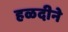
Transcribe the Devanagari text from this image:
हळदीने